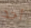
أحد